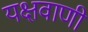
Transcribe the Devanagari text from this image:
यक्षवाणी